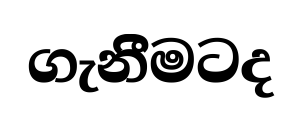
ගැනීිමටද